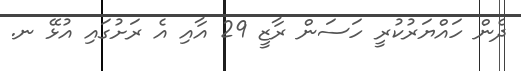
ދެން ހައްޔަރުކުރީ ހަސަން ރާޒީ 29 އާއި އެ ރަށުގައި އުޅޭ ނ.